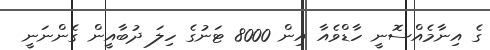
ގެ އިނާމެއްސޮނީ ހާޑްވެއާ އިން 8000 ޓަނުގެ ހިލަ ދުބާއީން ގެންނަނީ